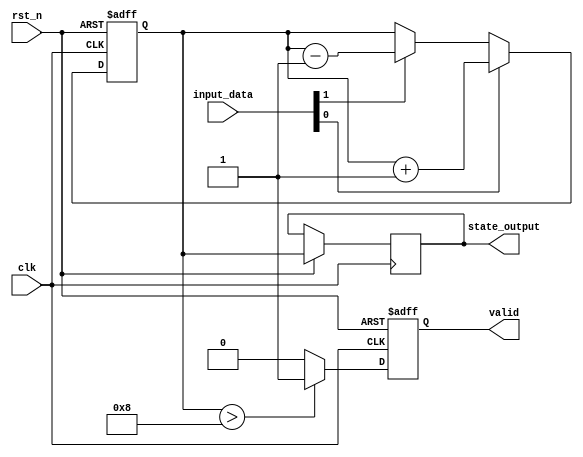
module example_sequential_logic (
    input wire clk,          // Clock signal
    input wire rst_n,       // Active-low reset signal
    input wire [3:0] input_data, // 4-bit input data
    output reg [3:0] state_output, // 4-bit output state
    output reg valid        // Output signal indicating valid state
);

// Internal state variable
reg [3:0] state;

// Always block triggered on the positive edge of clk
always @ (posedge clk or negedge rst_n) begin
    if (!rst_n) begin
        // Synchronous reset
        state <= 4'b0000;
        valid <= 1'b0;
    end else begin
        // State update based on input_data
        if (input_data[0]) begin
            state <= state + 1; // Increment state if LSB of input_data is high
        end else if (input_data[1]) begin
            state <= state - 1; // Decrement state if second bit of input_data is high
        end else begin
            state <= state; // Hold state if no conditions are met
        end
        
        // Output generation based on state
        state_output <= state;
        
        // Conditional logic for valid output
        if (state > 4'b1000) begin
            valid <= 1'b1;  // Set valid to high if state is greater than 8
        end else begin
            valid <= 1'b0;  // Set valid to low otherwise
        end
    end
end

endmodule